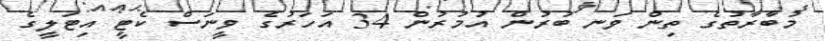
މުބާރާތުގެ ތިން ވަނ ބުރުން އުމުރުން 34 އަހަރުގެ ވީނަސް ކެޓީ އިޓަލީގެ